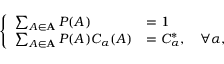
\left\{ \begin{array} { l l } { \sum _ { A \in \mathbf { A } } P ( A ) } & { = 1 } \\ { \sum _ { A \in \mathbf { A } } P ( A ) C _ { \alpha } ( A ) } & { = C _ { \alpha } ^ { * } , \quad \forall \alpha , } \end{array} \right.